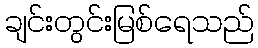
ချင်းတွင်းမြစ်ရေသည်